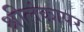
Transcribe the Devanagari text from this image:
श्रीलंकापर